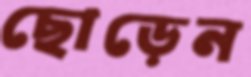
ছোড়েন